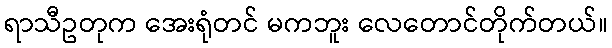
ရာသီဥတုက အေးရုံတင် မကဘူး လေတောင်တိုက်တယ်။